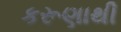
કરૂણાથી